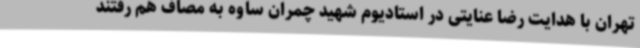
تهران با هدایت رضا عنایتی در استادیوم شهید چمران ساوه به مصاف هم رفتند